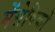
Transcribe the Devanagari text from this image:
मेंसेविको